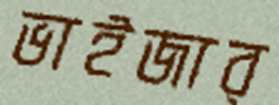
ভাইজার